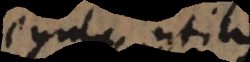
Regula uti